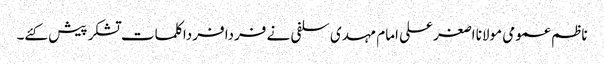
ناظم عمومی مولانا اصغرعلی امام مہدی سلفی نے فردا فردا کلمات تشکر پیش کئے۔